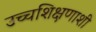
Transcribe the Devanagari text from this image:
उच्चशिक्षणाशी